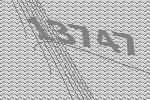
13747